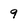
Character: 9